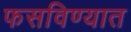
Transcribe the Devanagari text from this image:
फसविण्यात